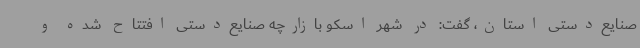
صنایع‌دستی استان، گفت: در شهر اسکو بازارچه صنایع‌دستی افتتاح شده و